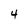
Character: 4